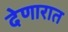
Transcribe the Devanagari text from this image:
देणारात